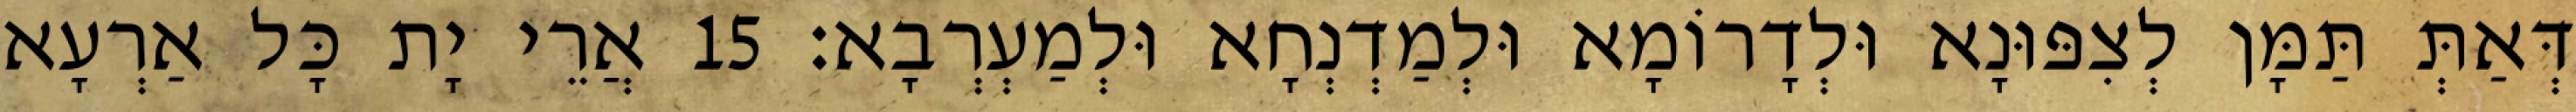
דְּאַתְּ תַּמָּן לְצִפּוּנָא וּלְדָרוֹמָא וּלְמַדְנְחָא וּלְמַעְרְבָא׃ 15 אֲרֵי יָת כָּל אַרְעָא